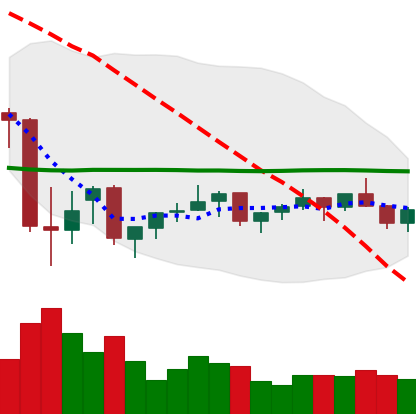
Ticker: XMR-USD
Chart end date: 2021-07-09
Forward return: -4.466%
Label: down_3_5